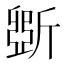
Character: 斲